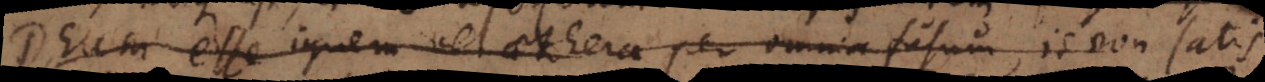
Deum esse ignem vel aethera per omnia fusum, is non satis